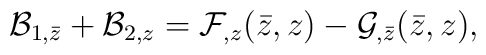
{\cal B}_{1,\bar z} + {\cal B}_{2,z} ={\cal F}_{,z}(\bar z,z) - {\cal G}_{,\bar z}(\bar z,z),